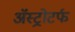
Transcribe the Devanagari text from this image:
ॲस्ट्रोटर्फ